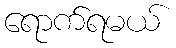
ရောက်ရမယ်